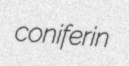
coniferin